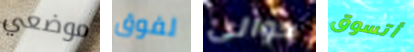
موضعي لفوق حوالي أتسوق